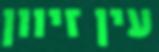
עין זיוון